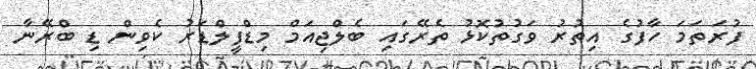
ފުރަތަމަ ހާފުގެ އިތުރު ވަގުތުކޮޅު ތެރޭގައި ބެލްޖިއަމް މިޑްފީލްޑަރު ކެވިން ޑި ބްރޭނާ